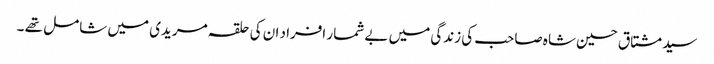
سید مشتاق حسین شاہ صاحب کی زندگی میں بے شمار افراد ان کی حلقہ مریدی میں شامل تھے ۔